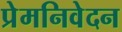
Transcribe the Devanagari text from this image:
प्रेमनिवेदन